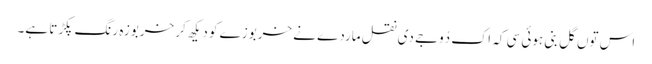
اس توں گل بنی ہوئی سی کہ اک دُوجے دی نقل ماردے نے خربوزے کو دیکھ کر خربوزہ رنگ پکڑتا ہے۔